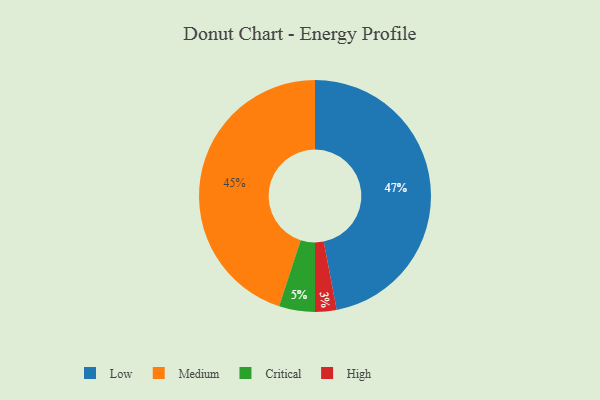
{"axis": {"x": "Category", "y": "Percentage"}, "legend": ["Critical", "High", "Low", "Medium"], "data": [{"x": "Critical", "y": 5, "type": "Critical"}, {"x": "Medium", "y": 45, "type": "Medium"}, {"x": "High", "y": 3, "type": "High"}, {"x": "Low", "y": 47, "type": "Low"}]}